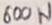
Text: 600W